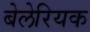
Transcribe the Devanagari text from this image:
बेलेरियक